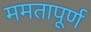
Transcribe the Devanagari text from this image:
ममतापूर्ण